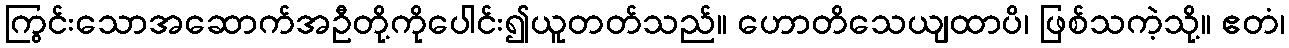
ကြွင်းသောအဆောက်အဦတို့ကိုပေါင်း၍ယူတတ်သည်။ ဟောတိသေယျထာပိ၊ ဖြစ်သကဲ့သို့။ ဧတံ၊